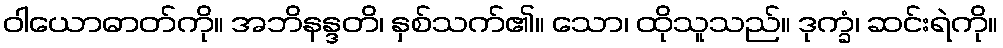
ဝါယောဓာတ်ကို။ အဘိနန္ဒတိ၊ နှစ်သက်၏။ သော၊ ထိုသူသည်။ ဒုက္ခံ၊ ဆင်းရဲကို။